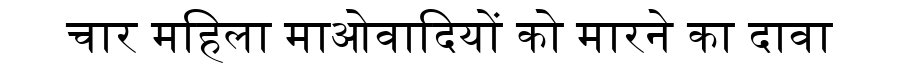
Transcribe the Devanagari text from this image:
चार महिला माओवादियों को मारने का दावा